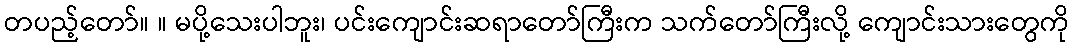
တပည့်တော်။ ။ မပို့သေးပါဘူး၊ ပင်းကျောင်းဆရာတော်ကြီးက သက်တော်ကြီးလို့ ကျောင်းသားတွေကို